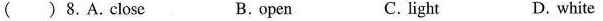
( ) 8.A.close B.open C. light D. white